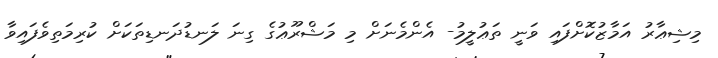
މިޝިޢާރު އަމާޒުކޮށްފައި ވަނީ ތަޢުލީމު- އެންމެނަށް މި މަޝްރޫޢުގެ ގިނަ ލަނޑުދަނޑިތަކަށް ކުރިމަތިވެފައިވާ